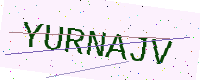
Text: YURNAJV